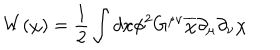
W ( \chi ) = \frac { 1 } { 2 } \int d x \phi ^ { 2 } G ^ { \mu \nu } \overline { { { \chi } } } \partial _ { \mu } \partial _ { \nu } \chi